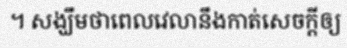
។ សង្ឃឹមថាពេលវេលានឹងកាត់សេចក្តីឲ្យ